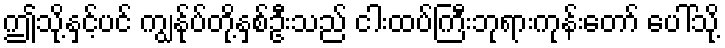
ဤသို့နှင့်ပင် ကျွန်ုပ်တို့နှစ်ဦးသည် ငါးထပ်ကြီးဘုရားကုန်းတော် ပေါ်သို့